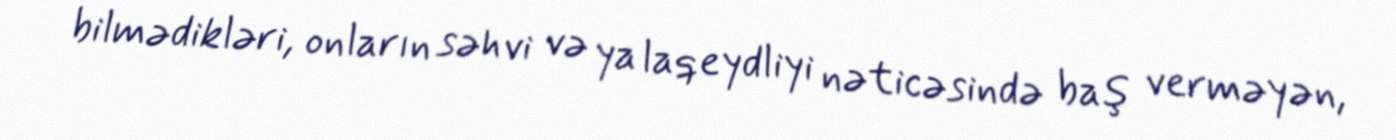
bilmədikləri, onların səhvi və ya laqeydliyi nəticəsində baş verməyən,